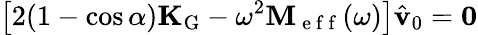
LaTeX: \left[2(1-\cos\alpha)\mathbf{K}_{\mathrm{G}}-\omega^{2}\mathbf{M}_{\mathrm{~e~f~f~}}(\omega)\right]\hat{\mathbf{v}}_{0}=\mathbf{0}